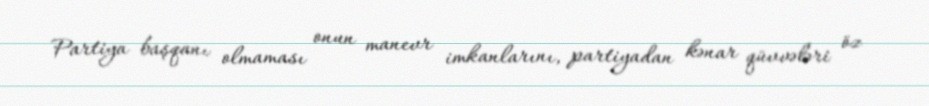
Partiya başqanı olmaması onun manevr imkanlarını, partiyadan kənar qüvvələri öz